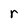
Character: r